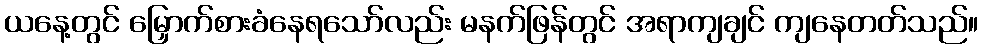
ယနေ့တွင် မြှောက်စားခံနေရသော်လည်း မနက်ဖြန်တွင် အရာကျချင် ကျနေတတ်သည်။